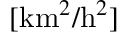
[ \mathrm { k m } ^ { 2 } / \mathrm { h } ^ { 2 } ]